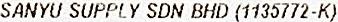
SANYU SUPPLY SDN BHD (1135772-K)